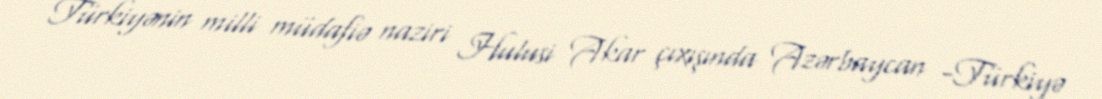
Türkiyənin milli müdafiə naziri Hulusi Akar çıxışında Azərbaycan -Türkiyə